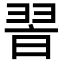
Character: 𦐮